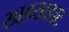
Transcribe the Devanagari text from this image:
खडखडाट